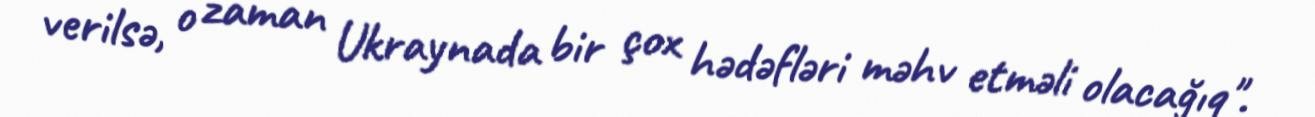
verilsə, o zaman Ukraynada bir çox hədəfləri məhv etməli olacağıq".